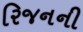
રિજનની